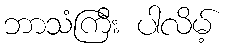
ဘာသံကြီး ပါလိမ့်